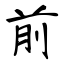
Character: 前